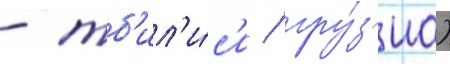
- тб'ил'и́с'и / гру́з'иа)